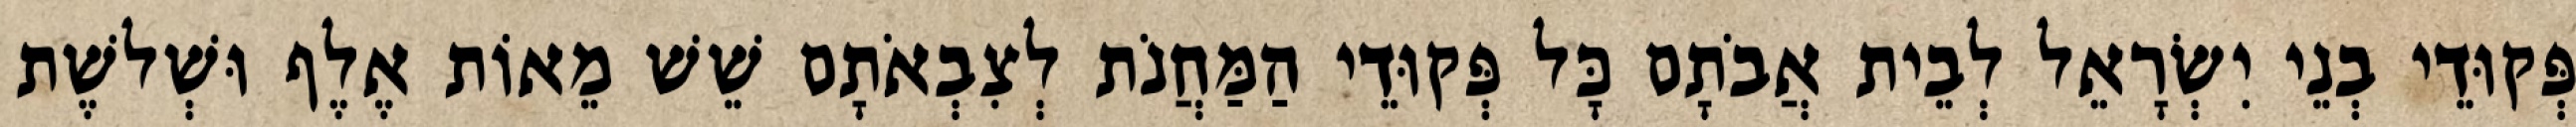
פְּקוּדֵי בְנֵי יִשְׂרָאֵל לְבֵית אֲבֹתָם כָּל פְּקוּדֵי הַמַּחֲנֹת לְצִבְאֹתָם שֵׁשׁ מֵאוֹת אֶלֶף וּשְׁלשֶׁת